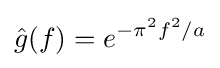
{\hat {g}}(f)=e^{-\pi ^{2}f^{2}/a}